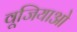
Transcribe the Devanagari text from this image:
वूजियाओ